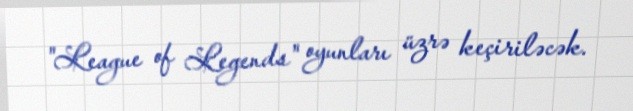
"League of Legends" oyunları üzrə keçiriləcək.